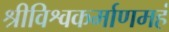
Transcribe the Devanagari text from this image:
श्रीविश्वकर्माणमहं